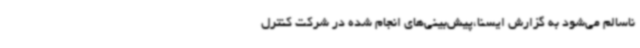
ناسالم می‌شود به گزارش ایسنا،پیش‌بینی‌های انجام ‌شده در شرکت کنترل